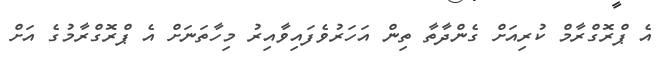
އެ ޕްރޮގްރާމް ކުރިއަށް ގެންދާތާ ތިން އަހަރުވެފައިވާއިރު މިހާތަނަށް އެ ޕްރޮގްރާމުގެ އަށް